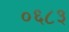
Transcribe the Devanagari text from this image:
०६८३